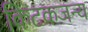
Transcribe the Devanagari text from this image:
किटकजन्य